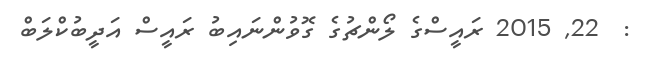
:  22